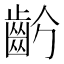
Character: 𪗣